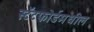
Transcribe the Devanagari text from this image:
स्टॅटफोर्डमधील